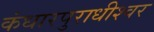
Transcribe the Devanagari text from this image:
कंधारपुराधीश्वर